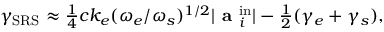
\begin{array} { r } { \gamma _ { \mathrm { S R S } } \approx \frac { 1 } { 4 } c k _ { e } ( \omega _ { e } / \omega _ { s } ) ^ { 1 / 2 } | \textbf { a } _ { i } ^ { \mathrm { i n } } | - \frac { 1 } { 2 } ( \gamma _ { e } + \gamma _ { s } ) , } \end{array}